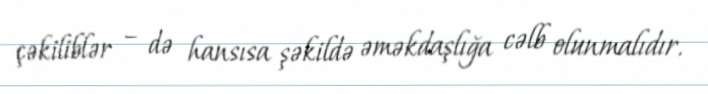
çəkiliblər – də hansısa şəkildə əməkdaşlığa cəlb olunmalıdır.